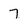
Character: 7